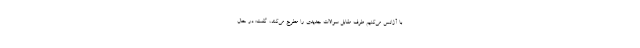
با آژانس می‌کنیم طرف مقابل سوالات جدیدی را مطرح می‌کند، گفت: در حال